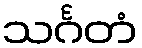
သင်္ဂတံ